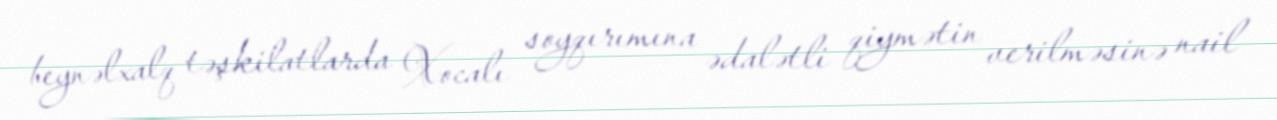
beynəlxalq təşkilatlarda Xocalı soyqırımına ədalətli qiymətin verilməsinə nail